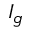
I _ { g }